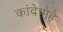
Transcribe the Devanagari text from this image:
कांदेपोहे